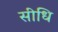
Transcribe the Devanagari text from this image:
सीधि